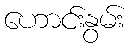
ဟောင်းနွမ်း